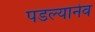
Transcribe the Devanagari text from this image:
पडल्यानेव